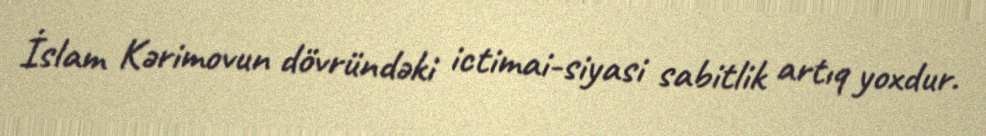
İslam Kərimovun dövründəki ictimai-siyasi sabitlik artıq yoxdur.